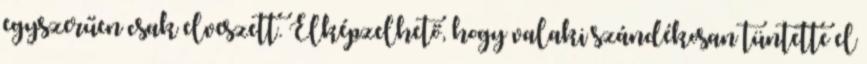
egyszerűen csak elveszett. Elképzelhető, hogy valaki szándékosan tüntette el